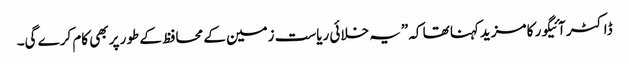
ڈاکٹر آئیگور کا مزیدکہنا تھا کہ ”یہ خلائی ریاست زمین کے محافظ کے طور پر بھی کام کرے گی۔